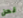
نحن